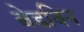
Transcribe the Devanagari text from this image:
बेडविन